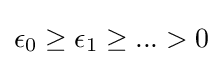
\epsilon _{0}\geq \epsilon _{1}\geq ...>0